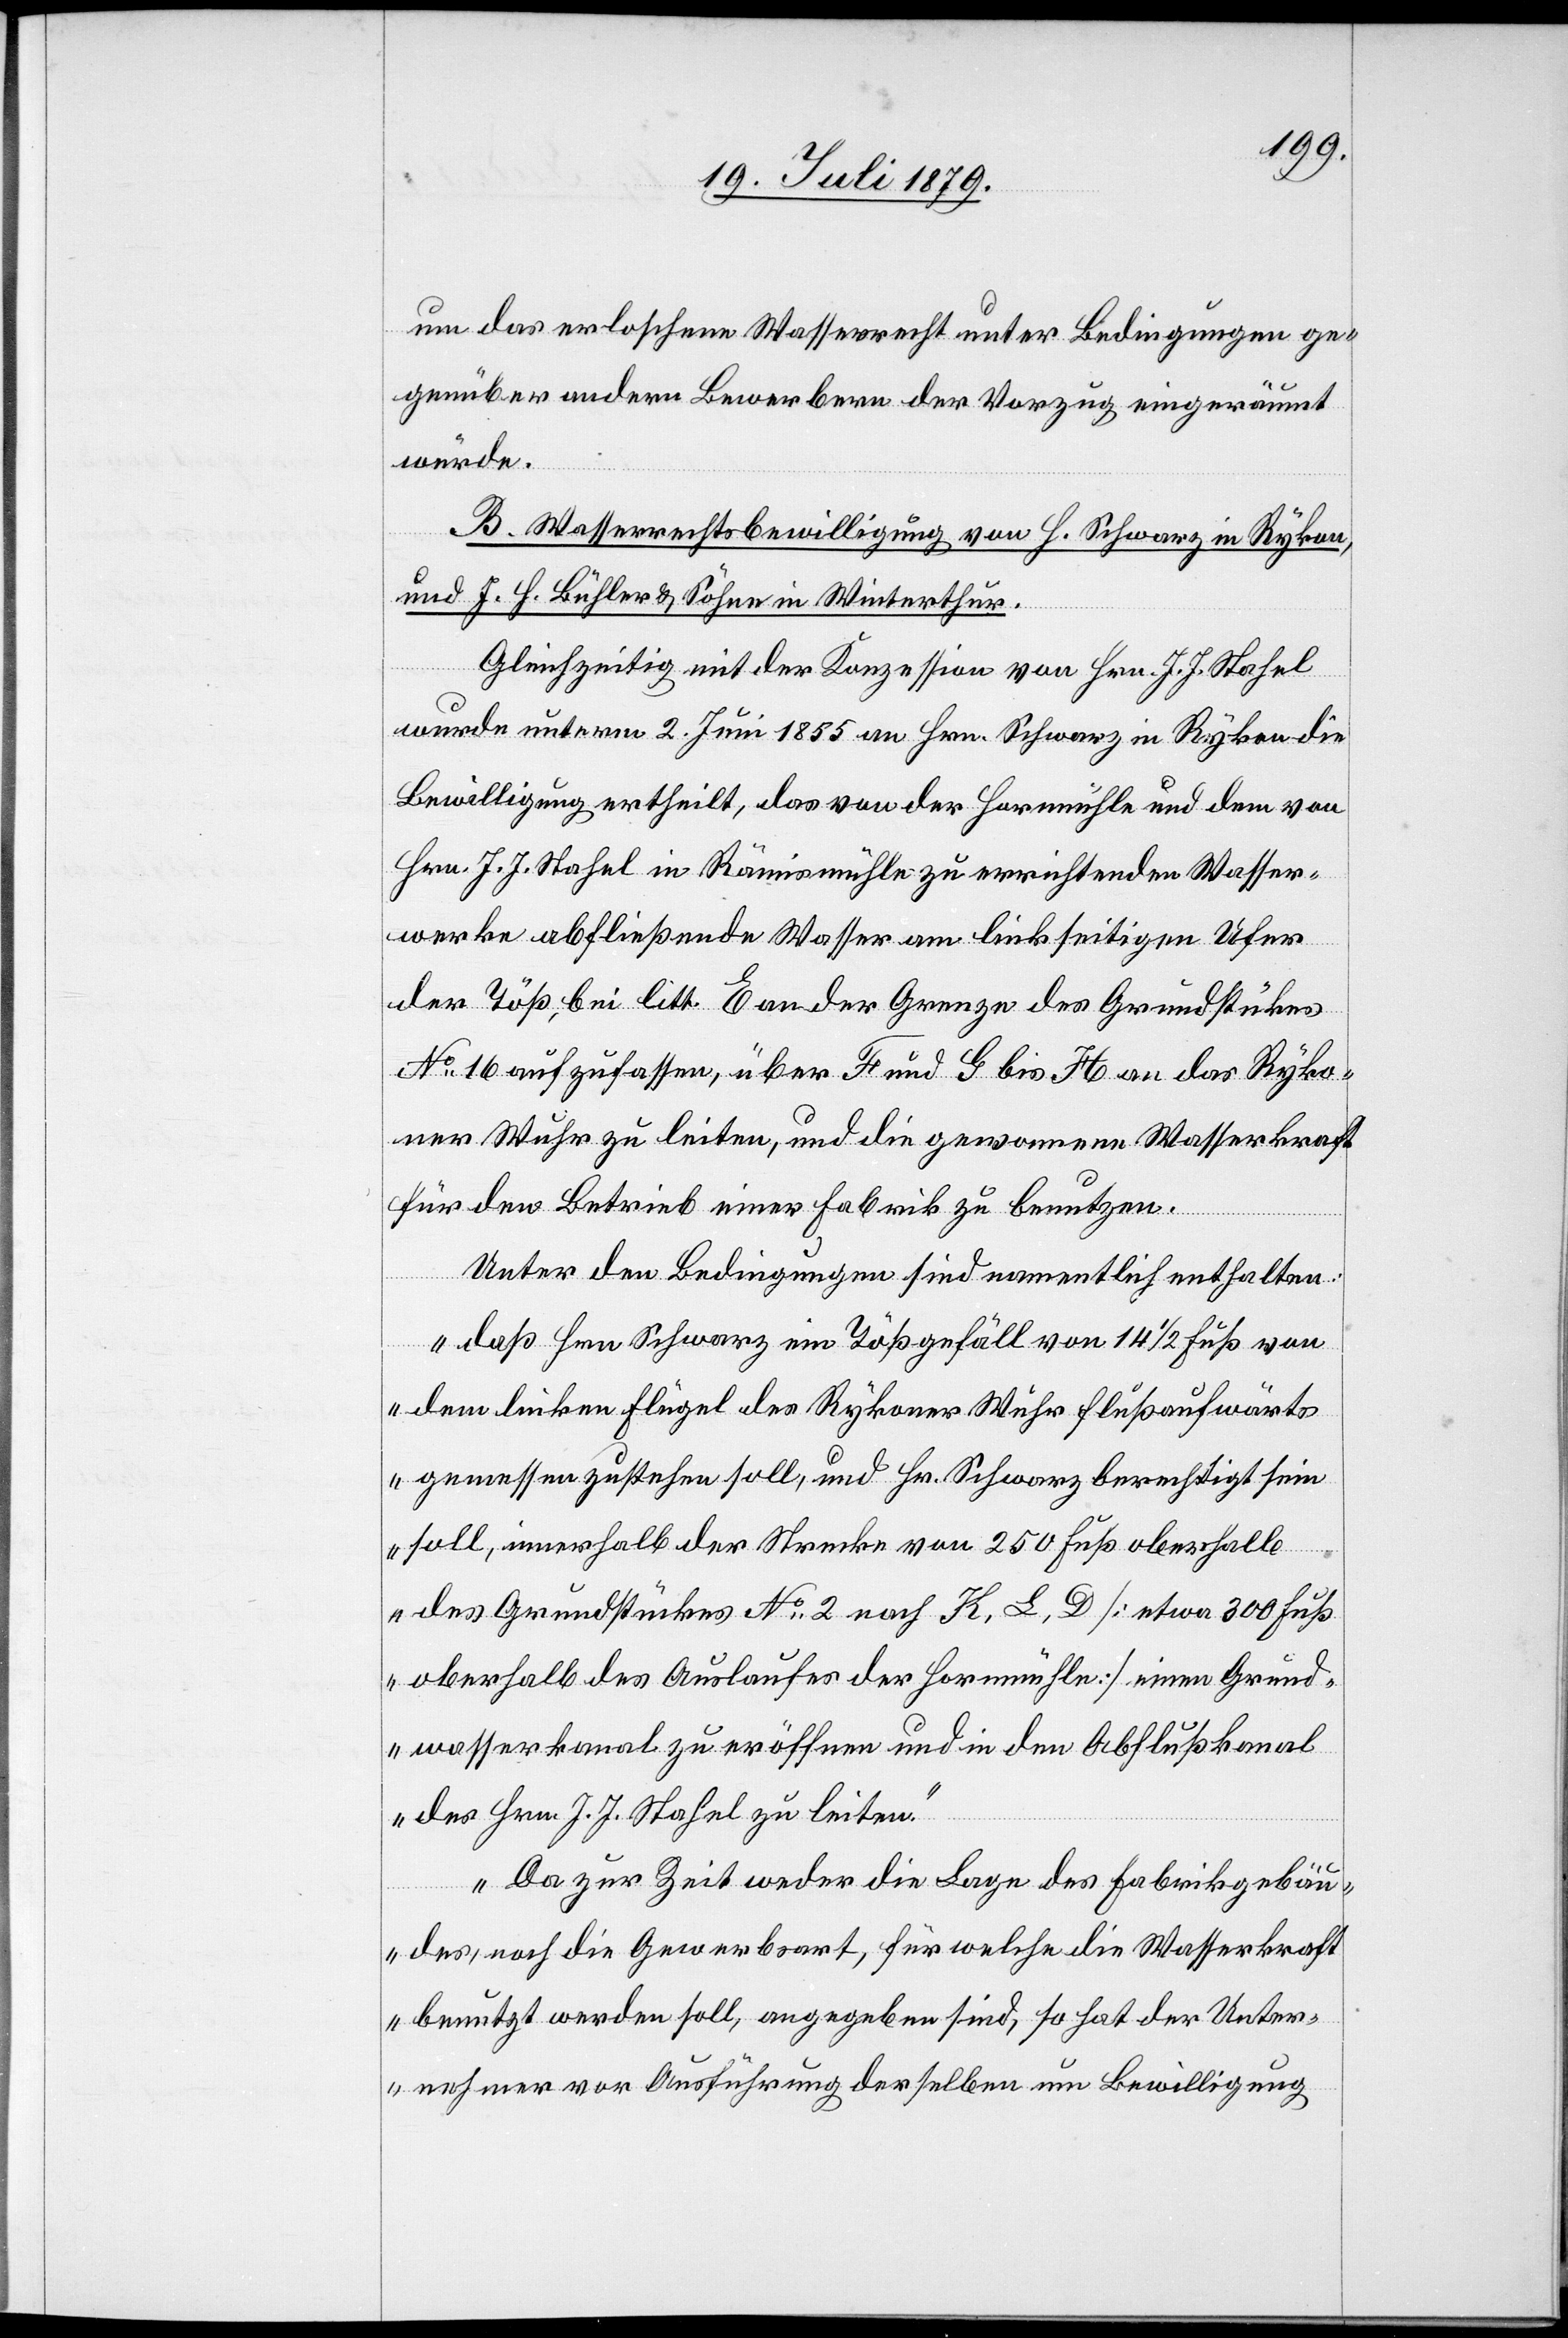
um das erloschene Wasserrecht unter Bedingungen ge¬
genüber andern Bewerbern der Vorzug eingeräumt
würde.
B. Wasserrechtsbewilligung von H. Schwarz in Eykon,
und J. H. Bühler & Söhne in Winterthur.
Gleichzeitig mit der Konzession von Hrn. J. H. Stahel
wurde unterm 2. Juni 1855 an Hrn. Schwarz in Rykon die
Bewilligung ertheilt, das von der Hornmühle und dem von
Hrn. J. J. Stahel in Rämismühle zu errichtenden Wasser¬
werke abfließende Wasser am linkseitigen Ufer
der Töß, bei litt. E an der Grenze des Grundstückes
No 16 aufzufassen, über F und G bis H an das Ryko¬
ner Wuhr zu leiten, und die gewonnene Wasserkraft
für den Betrieb einer Fabrik zu benutzen.
Unter den Bedingungen sind namentlich enthalten:
„daß Hrn. Schwarz ein Tößgefäll von 14 1/2 Fuß von
dem linken Flügel des Rykoner Wuhr flussaufwärts
gemessen zustehen soll, und Hr. Schwarz berechtigt sein
soll, innerhalb der Strecke von 250 Fuß oberhalb
des Grundstückes No 2 nach K, L, D [etwa 300 Fuß
oberhalb des Auslaufes der Hornmühle] einen Grund¬
wasserkanal zu eröffnen und in den Abflußkanal
des Hrn. J. J. Stahel zu leiten.
Da zur Zeit weder die Lage des Fabrikgebäu¬
des, noch die Gewerbsart, für welche die Wasserkraft
benutzt werden soll, angegeben sind, so hat der Unter¬
nehmer vor Ausführung derselben um Bewilligung